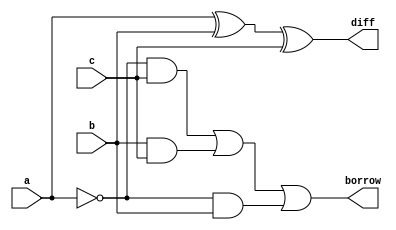
`timescale 1ns / 1ps
//////////////////////////////////////////////////////////////////////////////////
// Company: 
// Engineer: 
// 
// Design Name: 
// Module Name:    FS 
// Project Name: 
// Target Devices: 
// Tool versions: 
// Description: 
//
// Dependencies: 
//
// Revision: 
// Revision 0.01 - File Created
// Additional Comments: 
//
//////////////////////////////////////////////////////////////////////////////////
module FS(a,b,c,diff,borrow
    );

input a,b,c;
output diff,borrow;
assign diff=(a^b)^c;
assign borrow=((~a)&&c)||(b&&c)||((~a)&&b);

//gate level modeling
/* module fs(diff,borrow,a,b,c);
input a,b,c;
output diff, borrow;
wire x,n1,n2,y,z;
not (n1,c);
xor (x,b,c);
xor (diff,x,a);
and (y,n1,b);
and (z,a,n2);
or (borrow,z,y);
endmodule */
//behavioural modeling
/*module fs(diff,borrow,a,b,c);
input a,b,c;
output diff, borrow;
reg diff,borrow;
always @(a,b,c)
begin
case({a,b,c})
3'b000:{diff,borrow}=2'b00
3'b000:{diff,borrow}=2'b11
3'b000:{diff,borrow}=2'b11
3'b000:{diff,borrow}=2'b01
3'b000:{diff,borrow}=2'b10
3'b000:{diff,borrow}=2'b00
3'b000:{diff,borrow}=2'b00
3'b000:{diff,borrow}=2'b11
endmodule
*/

endmodule